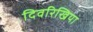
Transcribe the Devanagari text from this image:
दिवरिखिया